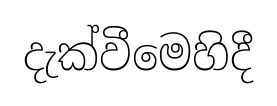
දැක්වීමෙහිදී